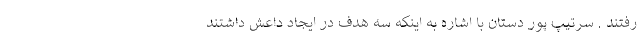
رفتند . سرتیپ پور دستان با اشاره به اینکه سه هدف در ایجاد داعش داشتند